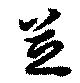
芝